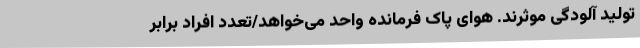
تولید آلودگی موثرند. هوای پاک فرمانده واحد می‌خواهد/تعدد افراد برابر